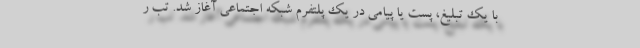
با یک تبلیغ، پست یا پیامی در یک پلتفرم شبکه اجتماعی آغاز شد. تب ر